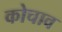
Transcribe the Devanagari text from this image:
कोचाव